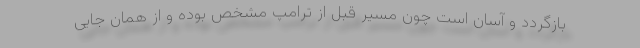
بازگردد و آسان است چون مسیر قبل از ترامپ مشخص بوده و از همان جایی